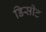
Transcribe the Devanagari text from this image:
डिसीट